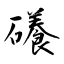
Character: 礢